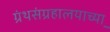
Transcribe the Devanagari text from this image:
ग्रंथसंग्रहालयाच्या़